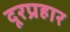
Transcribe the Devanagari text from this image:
दूरप्रहार